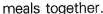
meals together.